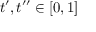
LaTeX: t ^ { \prime } , t ^ { \prime \prime } \in \lbrack 0 , 1 ]